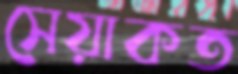
সেয়াকত